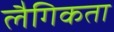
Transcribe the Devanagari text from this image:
लैगिकता